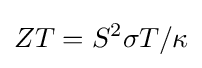
ZT=S^{2}\sigma T/\kappa